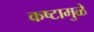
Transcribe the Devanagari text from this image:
कष्टामुळे